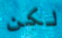
لكن